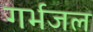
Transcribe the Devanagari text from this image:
गर्भजल